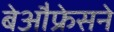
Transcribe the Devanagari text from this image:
बेऔफ्रेसने